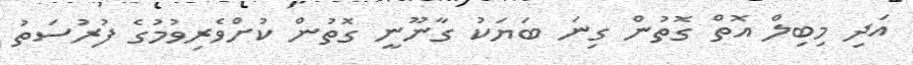
އަދި މިބިލް އޮތް ގޮތުން ގިނަ ބަޔަކު ގާނޫނީ ގޮތުން ކުށްވެރިވުމުގެ ފުރުސަތު